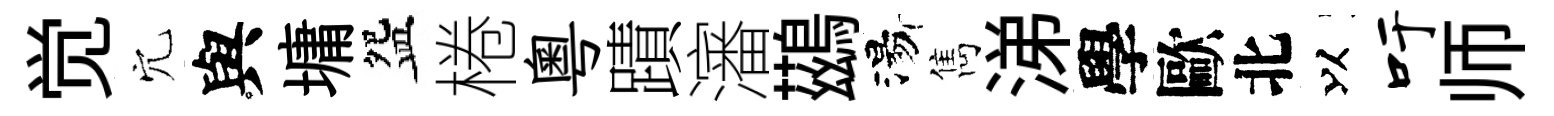
觉穴與墉盌棬粤蹟瀋鷀湯雋涕學歐北以吁师